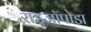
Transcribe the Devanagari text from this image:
राइजॉपोडा